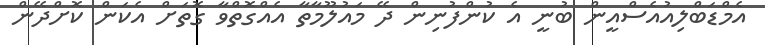
އެމްޑަބްލިއުއެސްއީން ބުނީ އެ ކުންފުނިން ދޭ މައުލޫމާތާ އެއްގޮތްވާ ގޮތަށް އެކަން ކޮށްދޭން